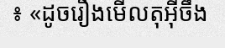
៖ «ដូចរឿងមើលតុអ៊ីចឹង